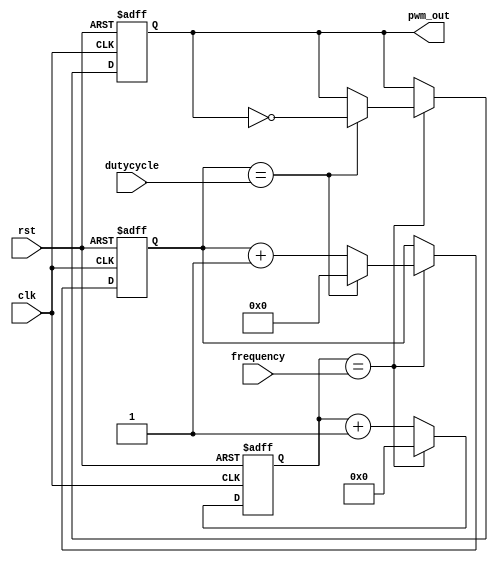
module timing_control(
    input wire clk,
    input wire rst,
    input wire [7:0] dutycycle,
    input wire [15:0] frequency,
    output reg pwm_out
);

reg [15:0] count;
reg [7:0] duty_count;

always @(posedge clk or posedge rst) begin
    if(rst) begin
        count <= 16'h0000;
        duty_count <= 8'h00;
        pwm_out <= 1'b0;
    end else begin
        count <= count + 1;
        if(count == frequency) begin
            count <= 16'h0000;
            duty_count <= duty_count + 1;
            if(duty_count == dutycycle) begin
                duty_count <= 8'h00;
                pwm_out <= ~pwm_out;
            end
        end
    end
end

endmodule